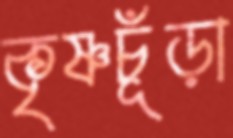
কৃষ্ণচূঁড়া